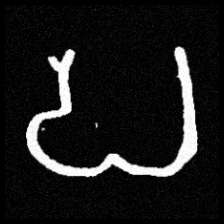
Pyu character \u2014 Myanmar letter: ပ (romanized: pa)